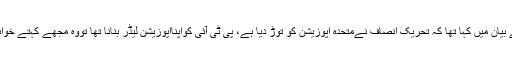
یاد رہے کہ اس سے قبل اپوزیشن لیڈر خورشیدشاہ نے اپنے بیان میں کہا تھا کہ تحریک انصاف نےمتحدہ اپوزیشن کو توڑ دیا ہے، پی ٹی آئی کواپنااپوزیشن لیڈر بنانا تھا تووہ مجھے کہتے خواہش پوری کرتا، میں کبھی اپوزیشن کوتقسیم نہیں ہونےدیتا۔